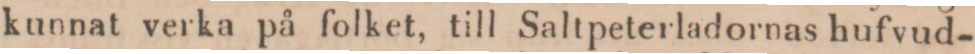
kunnat verka på folket, till Saltpeterladornas hufvud-